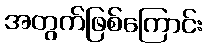
အတွက်ဖြစ်ကြောင်း